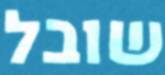
שובל